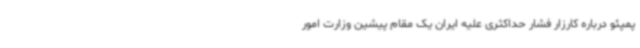
پمپئو درباره کارزار فشار حداکثری علیه ایران یک مقام پیشین وزارت امور